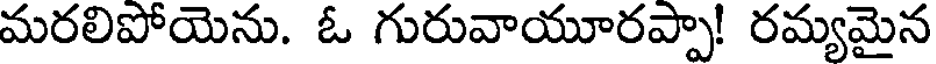
మరలిపోయెను. ఓ గురువాయూరప్పా! రమ్యమైన